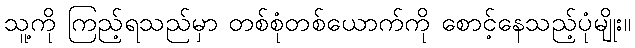
သူ့ကို ကြည့်ရသည်မှာ တစ်စုံတစ်ယောက်ကို စောင့်နေသည့်ပုံမျိုး။